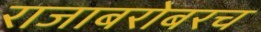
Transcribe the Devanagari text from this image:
राजाबरोबरच